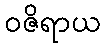
ဝဇိရာယ